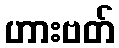
ဟားဗတ်